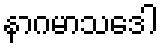
နာဂမာသဒေါ